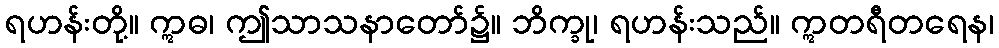
ရဟန်းတို့။ ဣဓ၊ ဤသာသနာတော်၌။ ဘိက္ခု၊ ရဟန်းသည်။ ဣတရီတရေန၊